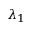
\lambda _ { 1 }